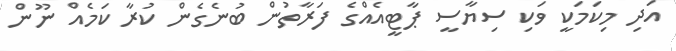
އަދި މިކަމަކީ ވަކި ސިޔާސީ ޕާޓީއެއްގެ ފަރާތުން ބުނެގެން ކުރާ ކަމެއް ނޫން